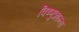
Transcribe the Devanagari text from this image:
विष्णुक्रान्ता